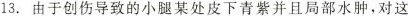
13.由于创伤导致的小腿某处皮下青紫并且局部水肿，对这